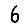
Digit: 6